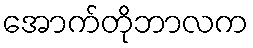
အောက်တိုဘာလက